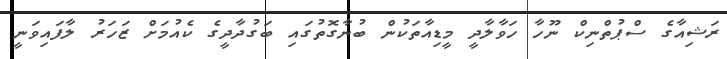
ރަޝިއާގެ ސްޕުތްނިކް ނޫހާ ހަވާލާދީ މީޑިއާތަކުން ބުނާގޮތުގައި ބަގުދާދީގެ ކެއުމަށް ޒަހަރު ލާފައިވަނީ